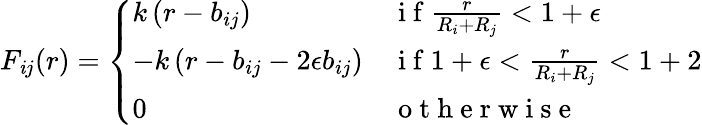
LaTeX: F_{\mathit{i}j}(r)=\left\{ \begin{array}{ll}{k\left(r-b_{ij}\right)}&{\mathrm{~i~f~}\frac{r}{R_{i}+R_{j}}<1+\epsilon}\\ {-k\left(r-b_{ij}-2\epsilon b_{ij}\right)}&{\mathrm{~i~f~}1+\epsilon<\frac{r}{R_{i}+R_{j}}<1+2}\\ {0}&{\mathrm{~o~t~h~e~r~w~i~s~e~}}\end{array}\right.